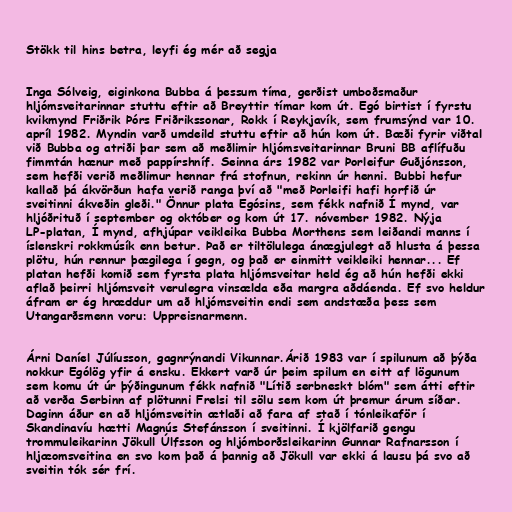
Stökk til hins betra, leyfi ég mér að segja

Inga Sólveig, eiginkona Bubba á þessum tíma, gerðist umboðsmaður
hljómsveitarinnar stuttu eftir að Breyttir tímar kom út. Egó birtist í fyrstu
kvikmynd Friðrik Þórs Friðrikssonar, Rokk í Reykjavík, sem frumsýnd var 10.
apríl 1982. Myndin varð umdeild stuttu eftir að hún kom út. Bæði fyrir viðtal
við Bubba og atriði þar sem að meðlimir hljómsveitarinnar Bruni BB aflífuðu
fimmtán hænur með pappírshníf. Seinna árs 1982 var Þorleifur Guðjónsson,
sem hefði verið meðlimur hennar frá stofnun, rekinn úr henni. Bubbi hefur
kallað þá ákvörðun hafa verið ranga því að "með Þorleifi hafi horfið úr
sveitinni ákveðin gleði." Önnur plata Egósins, sem fékk nafnið Í mynd, var
hljóðrituð í september og október og kom út 17. nóvember 1982. Nýja
LP-platan, Í mynd, afhjúpar veikleika Bubba Morthens sem leiðandi manns í
íslenskri rokkmúsík enn betur. Það er tiltölulega ánægjulegt að hlusta á þessa
plötu, hún rennur þægilega í gegn, og það er einmitt veikleiki hennar... Ef
platan hefði komið sem fyrsta plata hljómsveitar held ég að hún hefði ekki
aflað þeirri hljómsveit verulegra vinsælda eða margra aðdáenda. Ef svo heldur
áfram er ég hræddur um að hljómsveitin endi sem andstæða þess sem
Utangarðsmenn voru: Uppreisnarmenn.

Árni Daníel Júlíusson, gagnrýnandi Vikunnar.Árið 1983 var í spilunum að þýða
nokkur Ególög yfir á ensku. Ekkert varð úr þeim spilum en eitt af lögunum
sem komu út úr þýðingunum fékk nafnið "Lítið serbneskt blóm" sem átti eftir
að verða Serbinn af plötunni Frelsi til sölu sem kom út þremur árum síðar.
Daginn áður en að hljómsveitin ætlaði að fara af stað í tónleikaför í
Skandinavíu hætti Magnús Stefánsson í sveitinni. Í kjölfarið gengu
trommuleikarinn Jökull Úlfsson og hljómborðsleikarinn Gunnar Rafnarsson í
hljæomsveitina en svo kom það á þannig að Jökull var ekki á lausu þá svo að
sveitin tók sér frí.